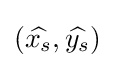
({\widehat {x_{s}}},{\widehat {y_{s}}})